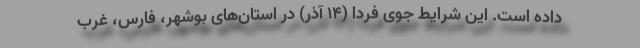
داده است. این شرایط جوی فردا (۱۴ آذر) در استان‌های بوشهر، فارس، غرب